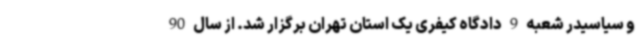
و سیاسیدر شعبه 9 دادگاه کیفری یک استان تهران برگزار شد. از سال 90